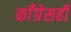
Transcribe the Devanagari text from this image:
काँग्रेसही